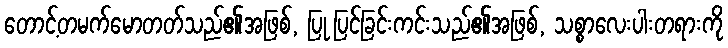
တောင့်တမက်မောတတ်သည်၏အဖြစ်, ပြု ပြင်ခြင်းကင်းသည်၏အဖြစ်, သစ္စာလေးပါးတရားကို